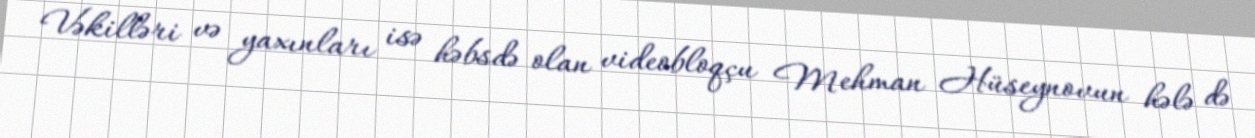
Vəkilləri və yaxınları isə həbsdə olan videobloqçu Mehman Hüseynovun hələ də